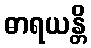
ဓာရယန္တိ